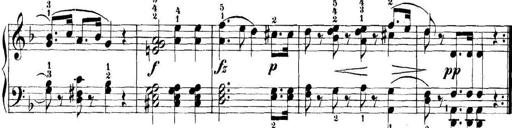
Title: 11 Sonatinas
Composer: Anton Diabelli